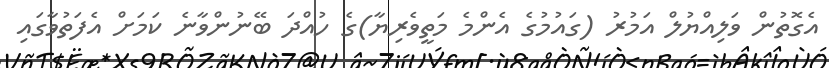
އެގޮތުން ވަލިއްޔުލް އަމުރު (ގައުމުގެ އެންމެ މަތީވެރިޔާ)ގެ ހުއްދަ ބޭނުންވާނެ ކަމަށް އެފަތުވާގައި